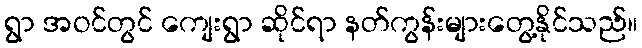
ရွာ အဝင်တွင် ကျေးရွာ ဆိုင်ရာ နတ်ကွန်းများတွေ့နိုင်သည်။